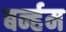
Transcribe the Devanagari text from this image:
बर्न्हम